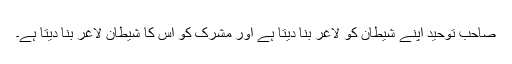
صاحبِ توحید اپنے شیطان کو لاغر بنا دیتا ہے اور مشرک کو اس کا شیطان لاغر بنا دیتا ہے۔